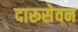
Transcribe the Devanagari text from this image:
दारूसेवन